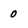
Character: O